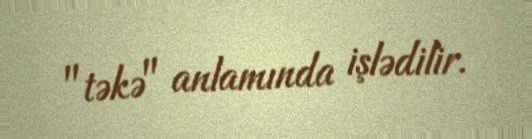
"təkə" anlamında işlədilir.